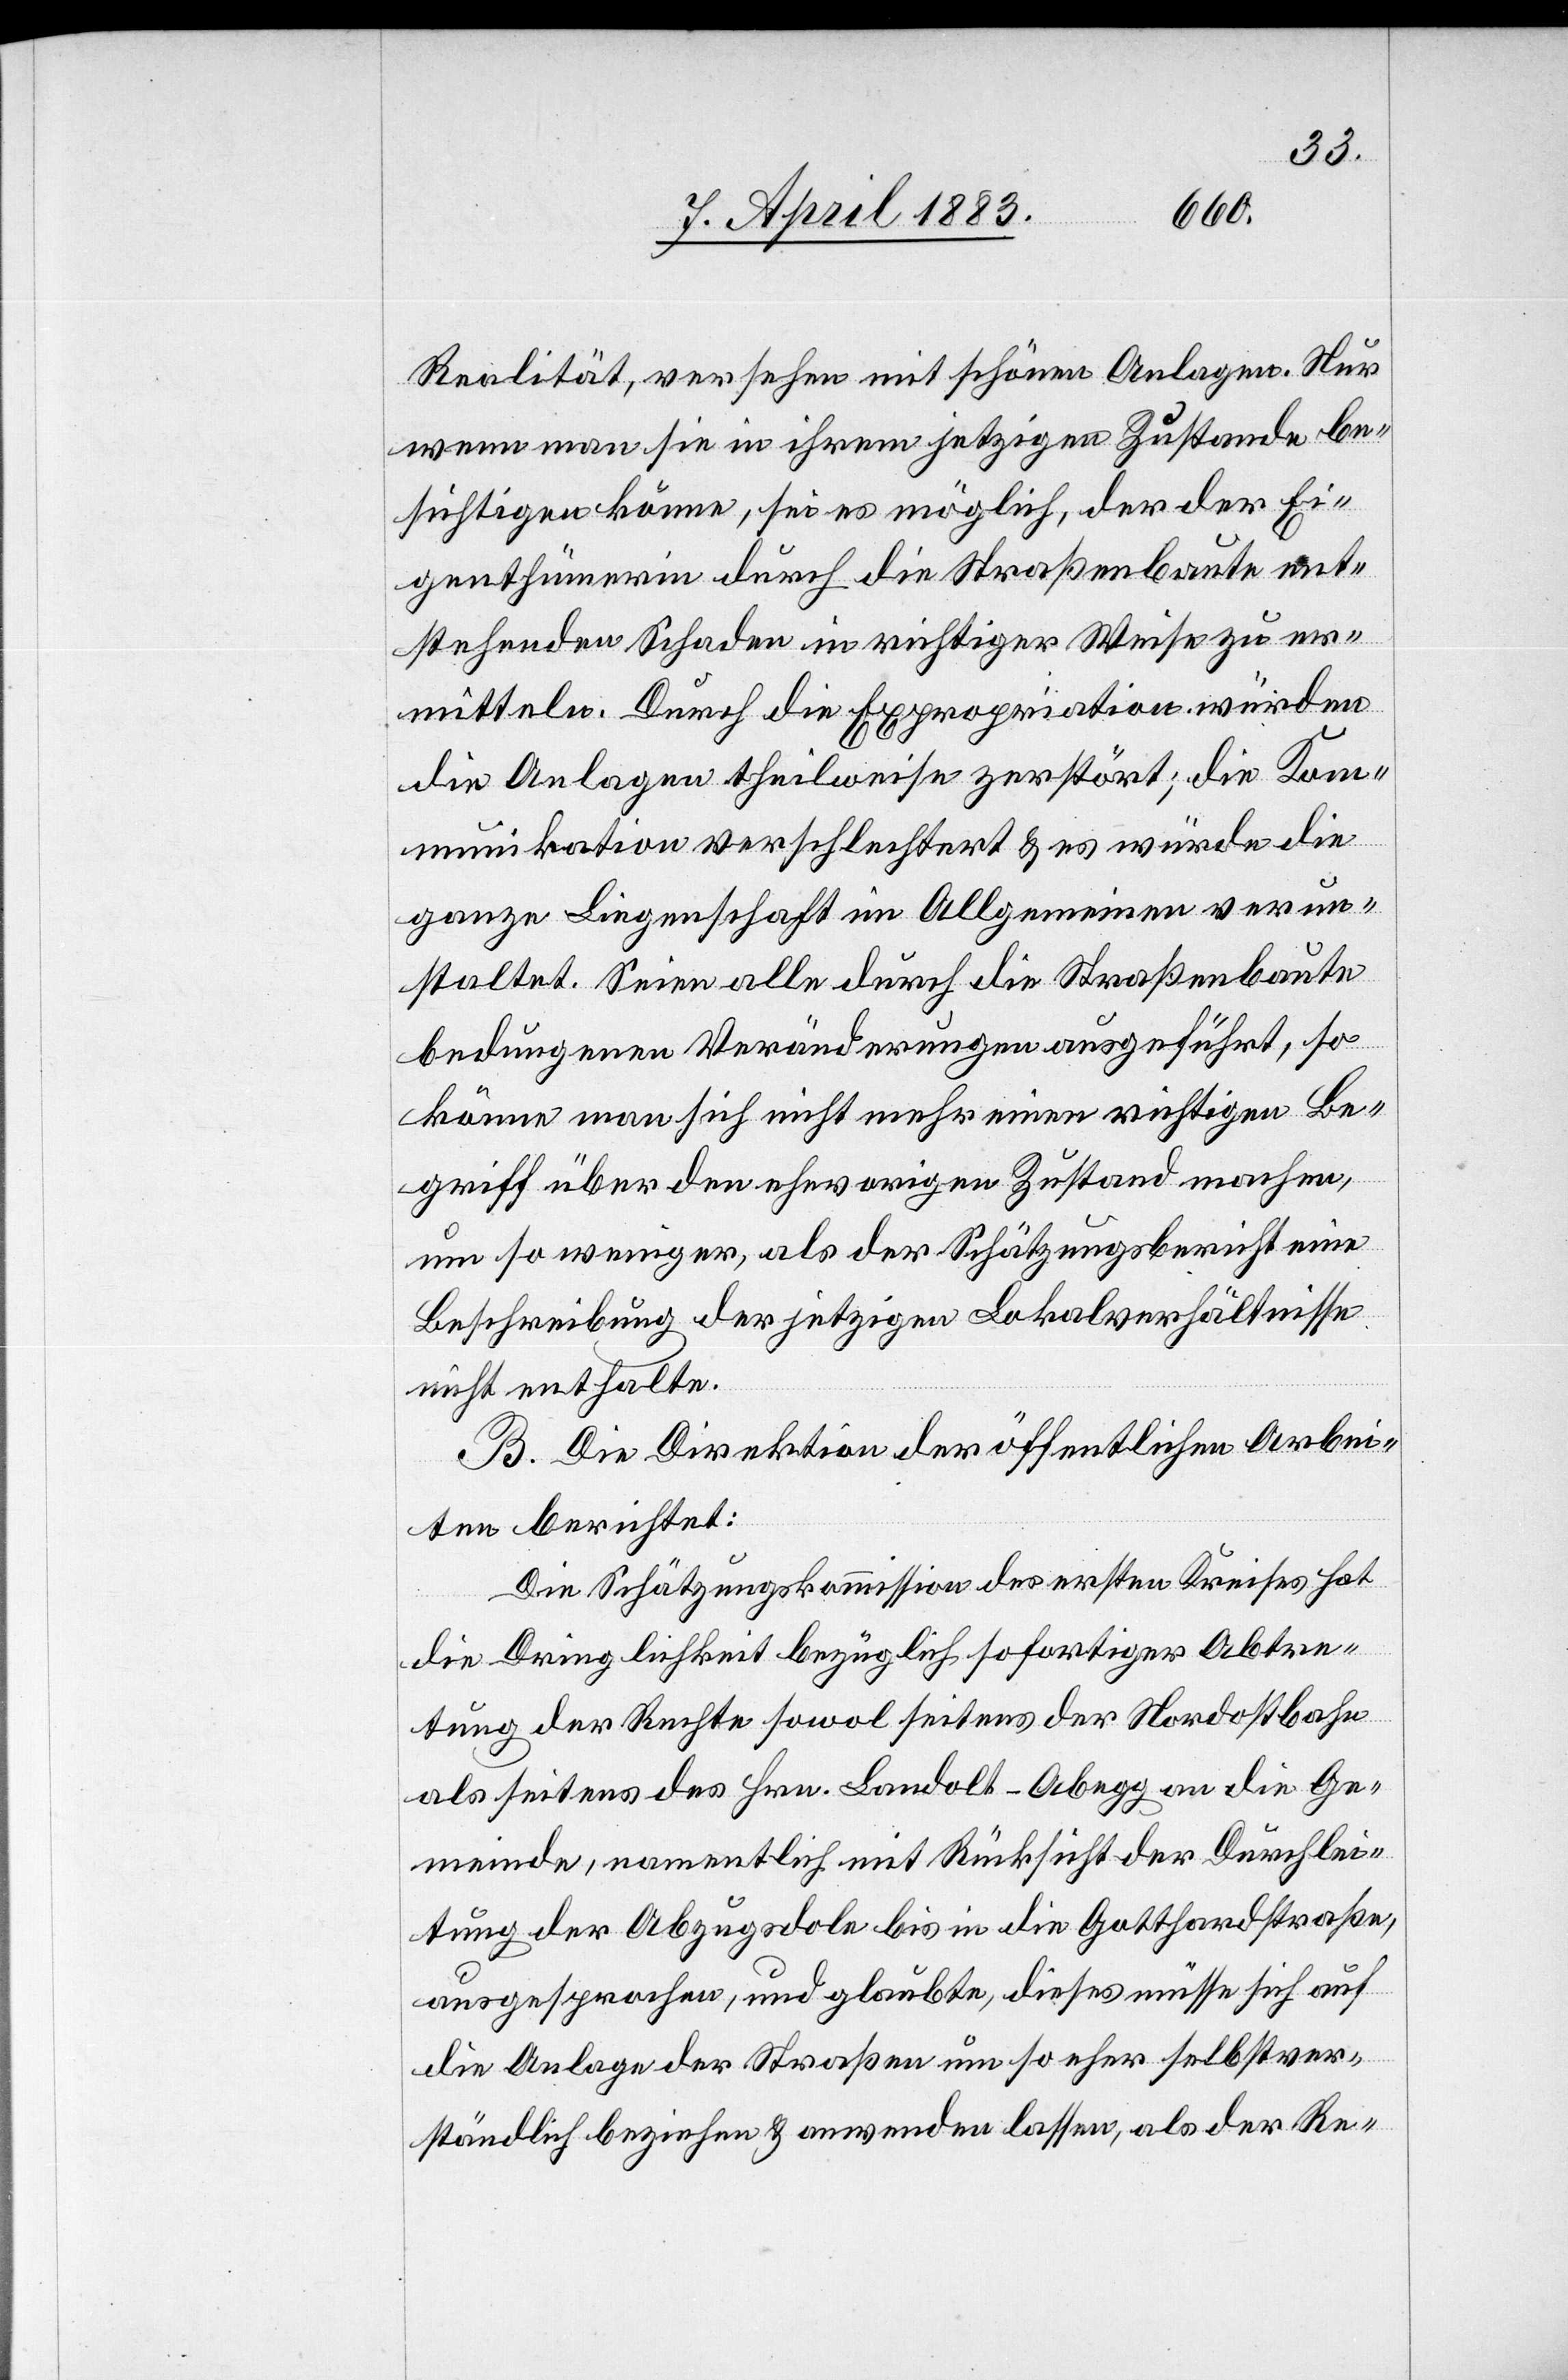
Realität, versehen mit schönen Anlagen. Nur
wenn man sie in ihrem jetzigen Zustande be¬
sichtigen könne, sei es möglich, den der Ei¬
genthümerin durch die Straßenbaute ent¬
stehenden Schaden in richtiger Weise zu er¬
mitteln. Durch die Expropriation würden
die Anlagen theilweise zerstört; die Kom¬
munikation verschlechtert & es würde die
ganze Liegenschaft im Allgemeinen verun¬
staltet. Seien alle durch die Straßenbaute
bedungenen Veränderungen ausgeführt, so
könne man sich nicht mehr einen richtigen Be¬
griff über den ehevorigen Zustand machen,
um so weniger, als der Schätzungsbericht eine
Beschreibung der jetzigen Lokalverhältnisse
nicht enthalte.
B. Die Direktion der öffentlichen Arbei¬
ten berichtet:
Die Schätzungskommission des ersten Kreises hat
die Dringlichkeit bezüglich sofortiger Abtre¬
tung der Rechte sowol seitens der Nordostbahn
als seitens des Hrn. Landolt-Abegg an die Ge¬
meinde, namentlich mit Rücksicht der Durchleis¬
tung der Abzugsdole bis in die Gotthardstraße,
ausgesprochen, und glaubte, dieses müsse sich auf
die Anlage der Straßen um so eher selbstver¬
ständlich beziehen & anwenden lassen, als der Re-